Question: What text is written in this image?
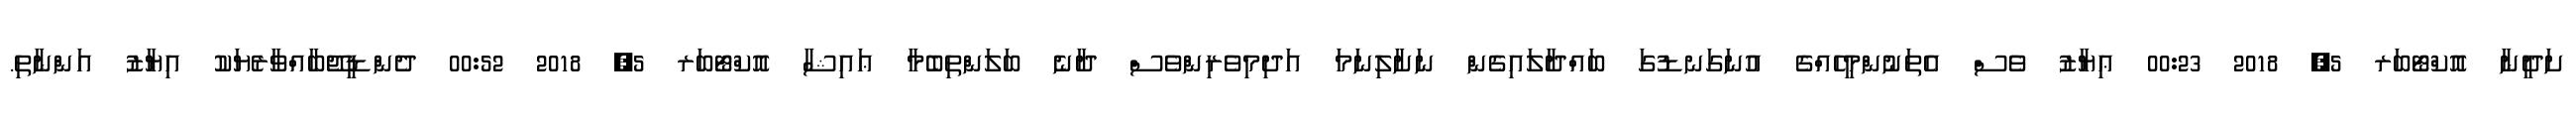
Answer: ށަދީނާ އޮކްޓޯބަރ 5, 2018 00:23 ޢިޔާޒު ވެސް އެތަނުންމީހެއްގެ އުނަގަނޑުގަ ބައްދާލައިގެން ނަށާލިނަމަ އަދިމިވެރިންވެސް ދާނެ ބަލަންތިބެމާ ޢައިޝާ އޮކްޓޯބަރ 5, 2018 00:52 ދެންޑީޖޭބާއްވާރެޔަކު އިޔާޒު އަންނާތި.